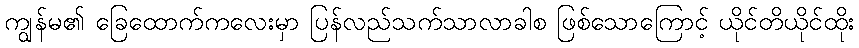
ကျွန်မ၏ ခြေထောက်ကလေးမှာ ပြန်လည်သက်သာလာခါစ ဖြစ်သောကြောင့် ယိုင်တိယိုင်ထိုး